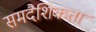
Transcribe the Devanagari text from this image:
समदैशिकता